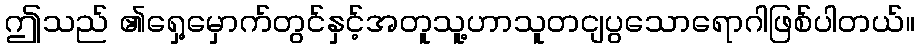
ဤသည် ၏ရှေ့မှောက်တွင်နှင့်အတူသူ့ဟာသူတငျပွသောရောဂါဖြစ်ပါတယ်။